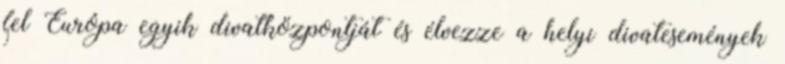
fel Európa egyik divatközpontját és élvezze a helyi divatesemények